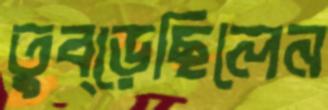
তুব্‌ড়েছিলেন